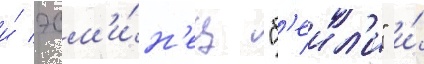
и́ эсм'и́н'ец "б'еил'и" и́